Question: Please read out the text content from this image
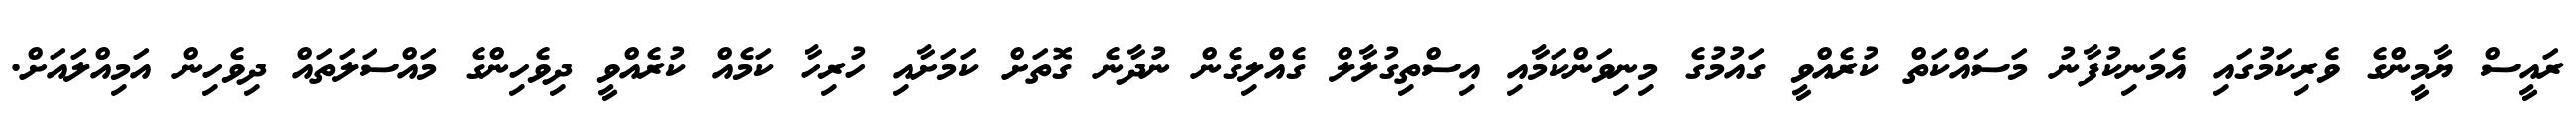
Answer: ރައީސް ޔާމީންގެ ވެރިކަމުގައި އެމަނިކުފާނު މަސައްކަތް ކުރެއްވީ ގައުމުގެ މިނިވަންކަމާއި އިސްތިގުލާލް ގެއްލިގެން ނުދާނެ ގޮތަށް ކަމަށާއި ހުރިހާ ކަމެއް ކުރެއްވީ ދިވެހިންގެ މައްސަލަތައް ދިވެހިން އަމިއްލައަށް.